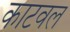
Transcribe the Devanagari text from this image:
काटवल